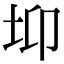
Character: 𡊁